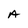
Character: A